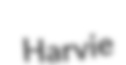
Harvie